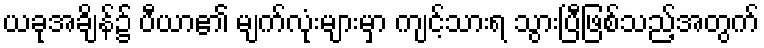
ယခုအချိန်၌ ပီယာ၏ မျက်လုံးများမှာ ကျင့်သားရ သွားပြီဖြစ်သည့်အတွက်